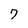
Character: 7